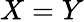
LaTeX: X=Y